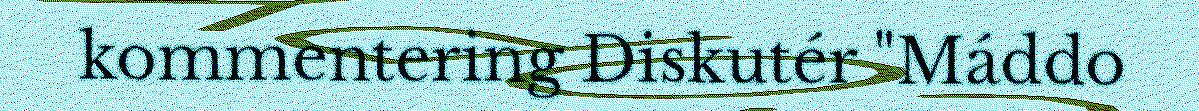
kommentering Diskutér "Máddo